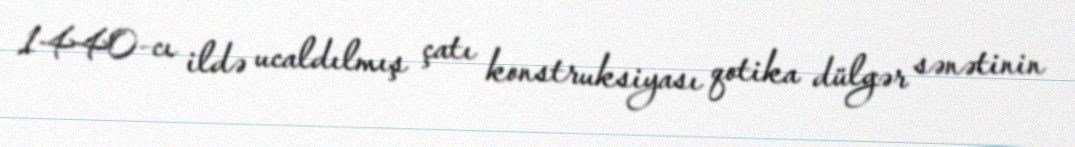
1440-cı ildə ucaldılmış çatı konstruksiyası qotika dülgər sənətinin